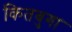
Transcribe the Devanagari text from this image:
कितबुगा